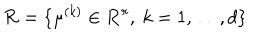
LaTeX: { \cal R } = \{ \mu ^ { ( k ) } \in \mathbf { R } ^ { r } , \ k = 1 , \ldots , d \}